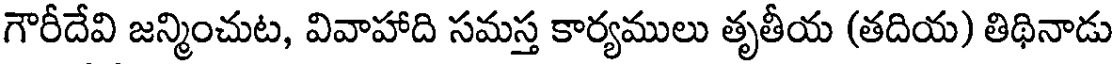
గౌరీదేవి జన్మించుట, వివాహాది సమస్త కార్యములు తృతీయ (తదియ) తిథినాడు